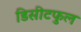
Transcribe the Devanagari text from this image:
डिसीटफुल